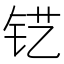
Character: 𮷾